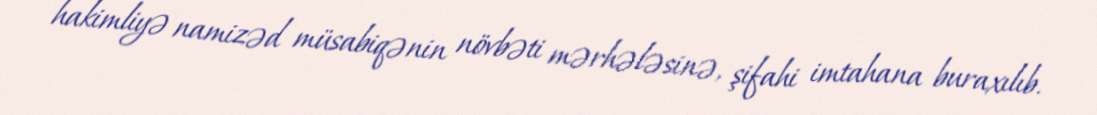
hakimliyə namizəd müsabiqənin növbəti mərhələsinə, şifahi imtahana buraxılıb.